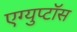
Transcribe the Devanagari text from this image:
एग्युप्टॉस